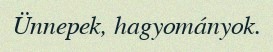
Ünnepek, hagyományok.